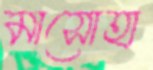
মাসোহা